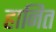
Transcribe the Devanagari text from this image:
हानित